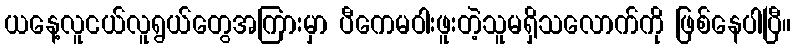
ယနေ့လူငယ်လူရွယ်တွေအကြားမှာ ပီကေမဝါးဖူးတဲ့သူမရှိသလောက်ကို ဖြစ်နေပါပြီ။